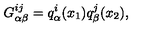
G _ { \alpha \beta } ^ { i j } = q _ { \alpha } ^ { i } ( x _ { 1 } ) q _ { \beta } ^ { j } ( x _ { 2 } ) ,